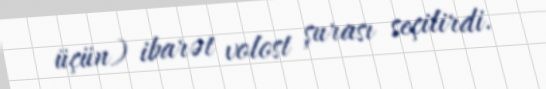
üçün) ibarət volost şurası seçilirdi.